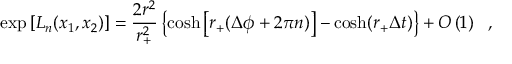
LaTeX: \exp \left[ L _ { n } ( x _ { 1 } , x _ { 2 } ) \right] = \frac { 2 r ^ { 2 } } { r _ { + } ^ { 2 } } \left\{ \cosh \left[ r _ { + } ( \Delta \phi + 2 \pi n ) \right] - \cosh ( r _ { + } \Delta t ) \vphantom { A _ { A } ^ { A } } \right\} + O \left( 1 \right) \ \ ,